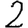
Digit: 2